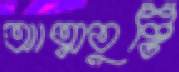
আত্মতুষ্টি